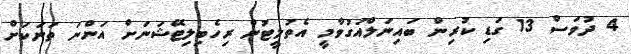
4 ދުވަސް 13 ގަޑި ކުރިން ބައިނަލްއަގުވާމީ އެތުލީޓުން ރިހެބިލިޓޭޝަނަށް އަންނަ ތަނަކަށް